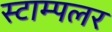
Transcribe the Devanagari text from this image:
स्टाम्पलर